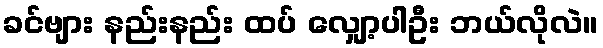
ခင်ဗျား နည်းနည်း ထပ် လျှော့ပါဦး ဘယ်လိုလဲ။